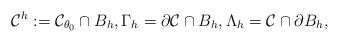
LaTeX: \begin{align*} \mathcal C^{h}:=\mathcal C_{\theta_0}\cap B_{h},\Gamma_h=\partial \mathcal C\cap B_h,\Lambda_h=\mathcal C \cap \partial B_h, \end{align*}